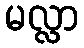
မလ္လာ